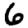
Digit: 6